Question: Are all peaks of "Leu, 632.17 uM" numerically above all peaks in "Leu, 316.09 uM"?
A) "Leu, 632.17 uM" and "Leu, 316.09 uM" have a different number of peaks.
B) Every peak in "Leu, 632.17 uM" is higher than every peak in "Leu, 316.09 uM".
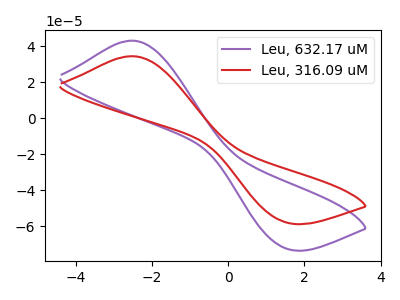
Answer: <think>The purple curve "Leu, 632.17 uM" has an anodic peak at (-2.55V, 43.00uA) and a cathodic peak at (1.50V, -72.00uA). The red curve "Leu, 316.09 uM" has an anodic peak at (-2.55V, 34.40uA) and a cathodic peak at (1.50V, -57.55uA).</think>
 <answer>B) Every peak in "Leu, 632.17 uM" is higher than every peak in "Leu, 316.09 uM".</answer>
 <eval>B</eval>